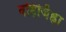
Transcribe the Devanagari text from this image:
वहिर्जिह्वा